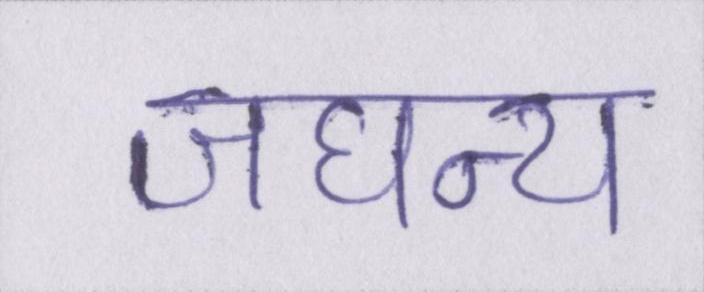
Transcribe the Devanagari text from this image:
जघन्य